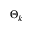
\Theta _ { k }